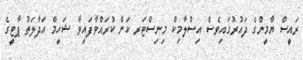
ރައީސް ޔާމީންގެ ދައުރުގައިވެސް އިސްލާމިކް މިނިސްޓަރ ކަން ކުރައްވާފައިވާ ޝަހީމް އަދާލަތު ޕާޓީގެ